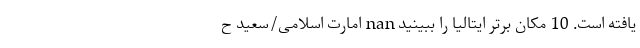
یافته است. 10 مکان برتر ایتالیا را ببینید nan امارت اسلامی/سعید ح